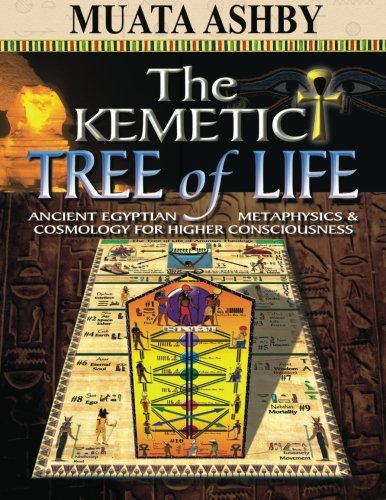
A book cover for The Kemetic Tree of Life Ancient Egyptian Metaphysics and Cosmology for Higher Consciousness; Muata Ashby; Science & Math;